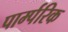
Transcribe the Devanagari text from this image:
पार्म्परिक